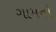
ગામનો